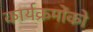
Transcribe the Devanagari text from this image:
कार्यक्रमोंको